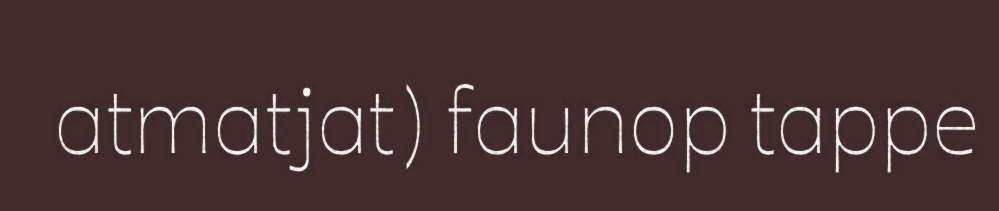
atmatjat) faunop tappe